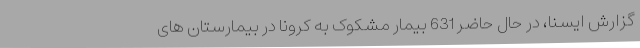
گزارش ایسنا، در حال حاضر 631 بیمار مشکوک به کرونا در بیمارستان های